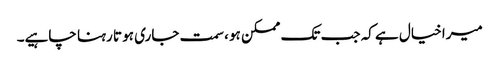
میرا خیال ہے کہ جب تک ممکن ہو ، سمت جاری ہو تا رہنا چاہیے۔